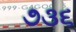
૭૩૬